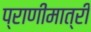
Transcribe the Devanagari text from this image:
प्राणीमात्री